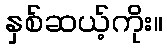
နှစ်ဆယ့်ကိုး။